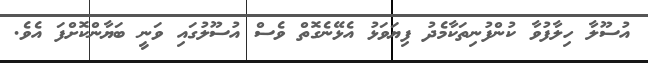
އުސޫލާ ހިލާފުވާ ކުންފުނިތަކާމެދު ފިޔަވަޅު އެޅޭނެގޮތް ވެސް އުސޫލުގައި ވަނީ ބަޔާންކޮށްފަ އެވެ.